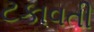
ટકાવતી